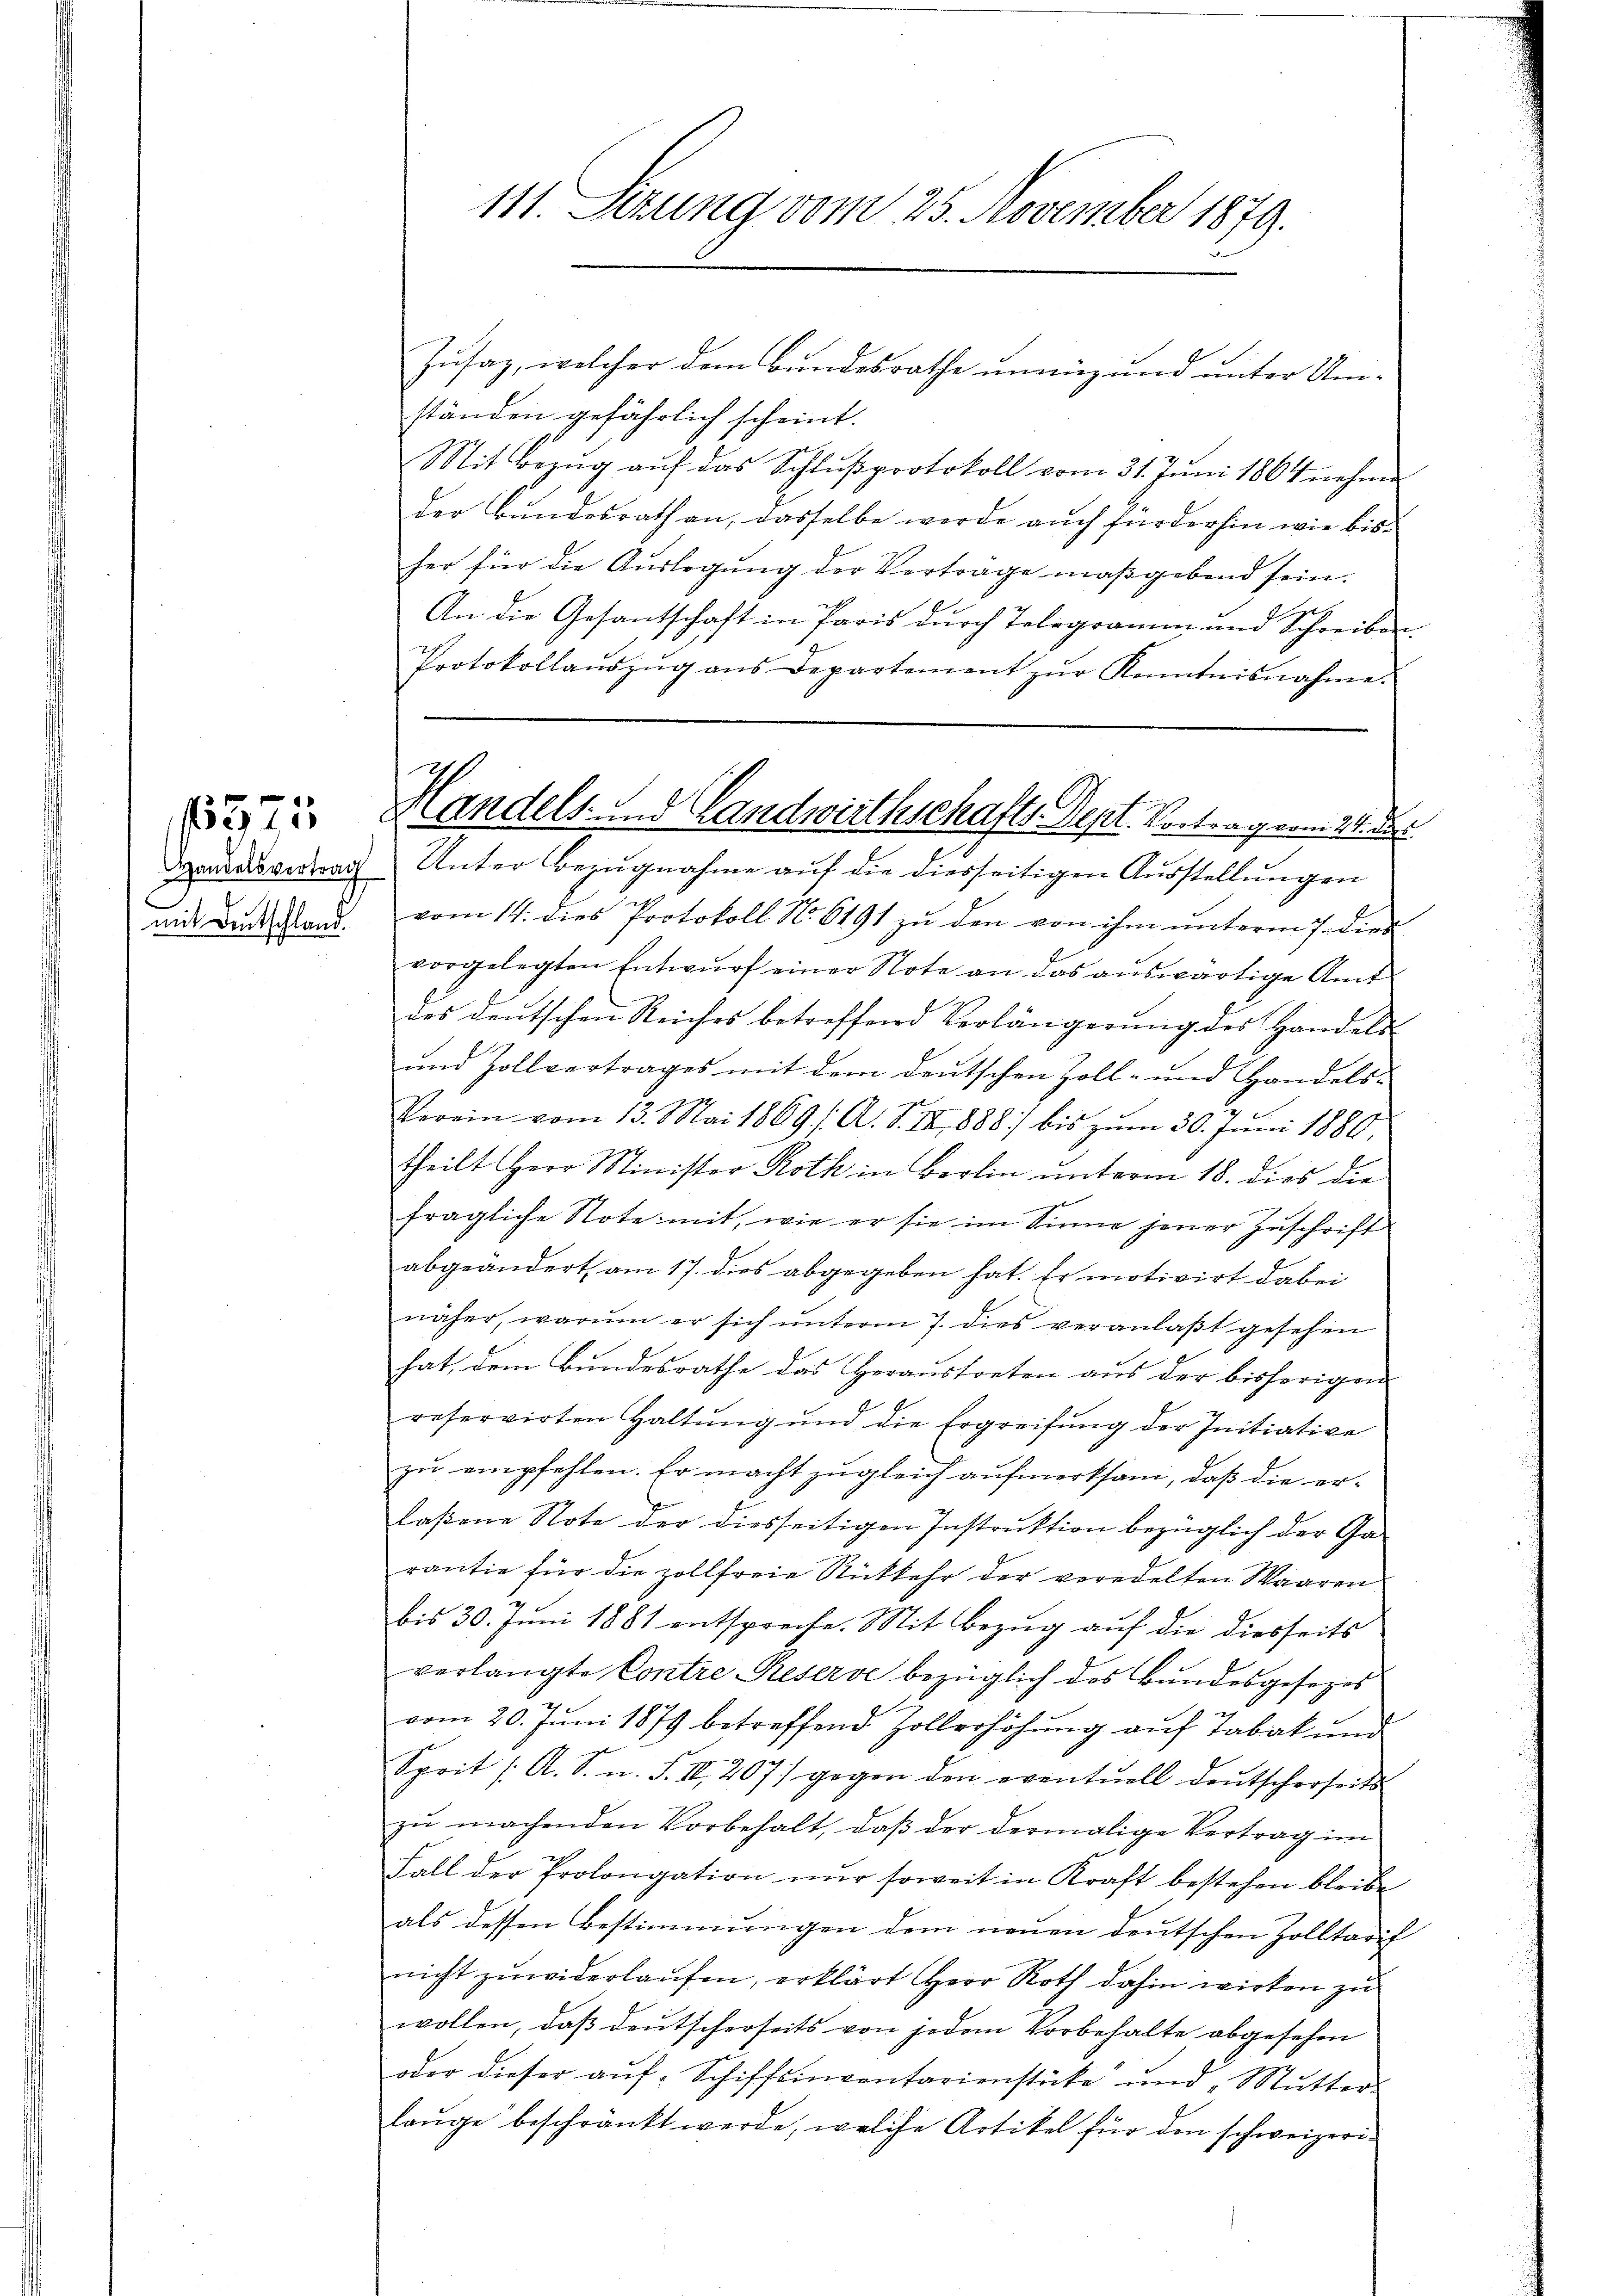
mit Deutschland.

1575

Zusaz, welcher dem Bundesrathe unmig und unter Um-
ständen gefährlich scheint.
Mit Bezug auf das Schlußprotokoll vom 31. Juni 1864 nehme
der Bundesrath an, dasselbe werde auch für der hin wie bisher für die Aŭslegung der Vertrage maßgebend sein.
An die Gesantschaft in Paris durch Telegramm und Schreiben
Protokollaŭszŭg ans Departement zŭr Kenntnisnahme.
Handesvertrach Unter Bezugnahme auf die diesseitigen Ausstellungen
vom 14. dies Protokoll No. 6191 zu den von ihm unterm 7. dies
vorgelegten Entwŭrf einer Note an das aŭswärtige Amt
des deutschen Reiches betreffend Verlängerung des Handels-
ŭnd Zollvertrages mit dem deŭtschen Zoll- und Handels-
Verein vom 13. Mai 1869. A. S. III 888) bis zŭm 30. Juni 1880,
theilt Herr Minister Roth in Berlin unterm 18. dies die
fragliche Note mit, wie er sie im Sinne jener Zuschrift
abgeändert, am 17. dies abgegeben hat. Er motivirt dabei
näher, warum er sich unterm 7. dies veranlaßt gesehen
hat, dem Bundesrathe das Heraustreten aus der bisherigen
reservirten Haltung und die Ergreifung der Initiative
zu empfehlen. Er macht zugleich aufmerksam, daß die erlaßene Note der diesseitigen Instruktion bezüglich der Ga-
rantie für die zollfreie Rückkehr der veredelten Waaren
bis 30. Juni 1881 entspreche. Mit Bezug auf die diesseits
verlangte Contre Reserve bezüglich des Bundesgesezes
vom 20. Juni 1879 betreffend Zollerhöhung auf Tabak und
Sprit /A. S. n. F. II, 207) gegen den eventuell deutscherseits
zu machenden Vorbehalt, daß der dermalige Vertrag im
Fall der Prolongation nŭr soweit in Kraft bestehen bleibe
als dessen Bestimmungen dem neuen deutschen Zolltarif
nicht zuwiderlaufen, erklärt Herr Roth dahin wirken zu
wollen, daß deutscherseits von jedem Vorbehalte abgesehen
oder dieser aŭf-Schiffsinventarienstücke und „Mŭtter-
lauge beschränkt werde, welche Artikel für den schweizeri¬

111. Sezung vom 25. November 1879.

Handels- und Landwirthschafts-Dept. Vortrag vom 21. der